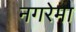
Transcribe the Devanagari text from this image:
नगरेमा